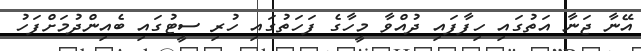
އޭނާ ޖަނާ އަތުގައި ހިފާފައި ދުއްވާ މީހާގެ ފަހަތުގައި ހުރި ސީޓުގައި ބެއިންދުމަށްފަހު